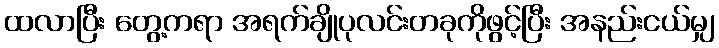
ထလာပြီး တွေ့ကရာ အရက်ချိုပုလင်းတခုကိုဖွင့်ပြီး အနည်းငယ်မျှ